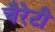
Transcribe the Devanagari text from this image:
चैरेटी